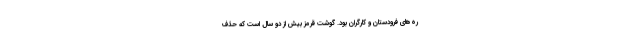
ره‌های فرودستان و کارگران بود. گوشت قرمز بیش از دو سال است که حذف